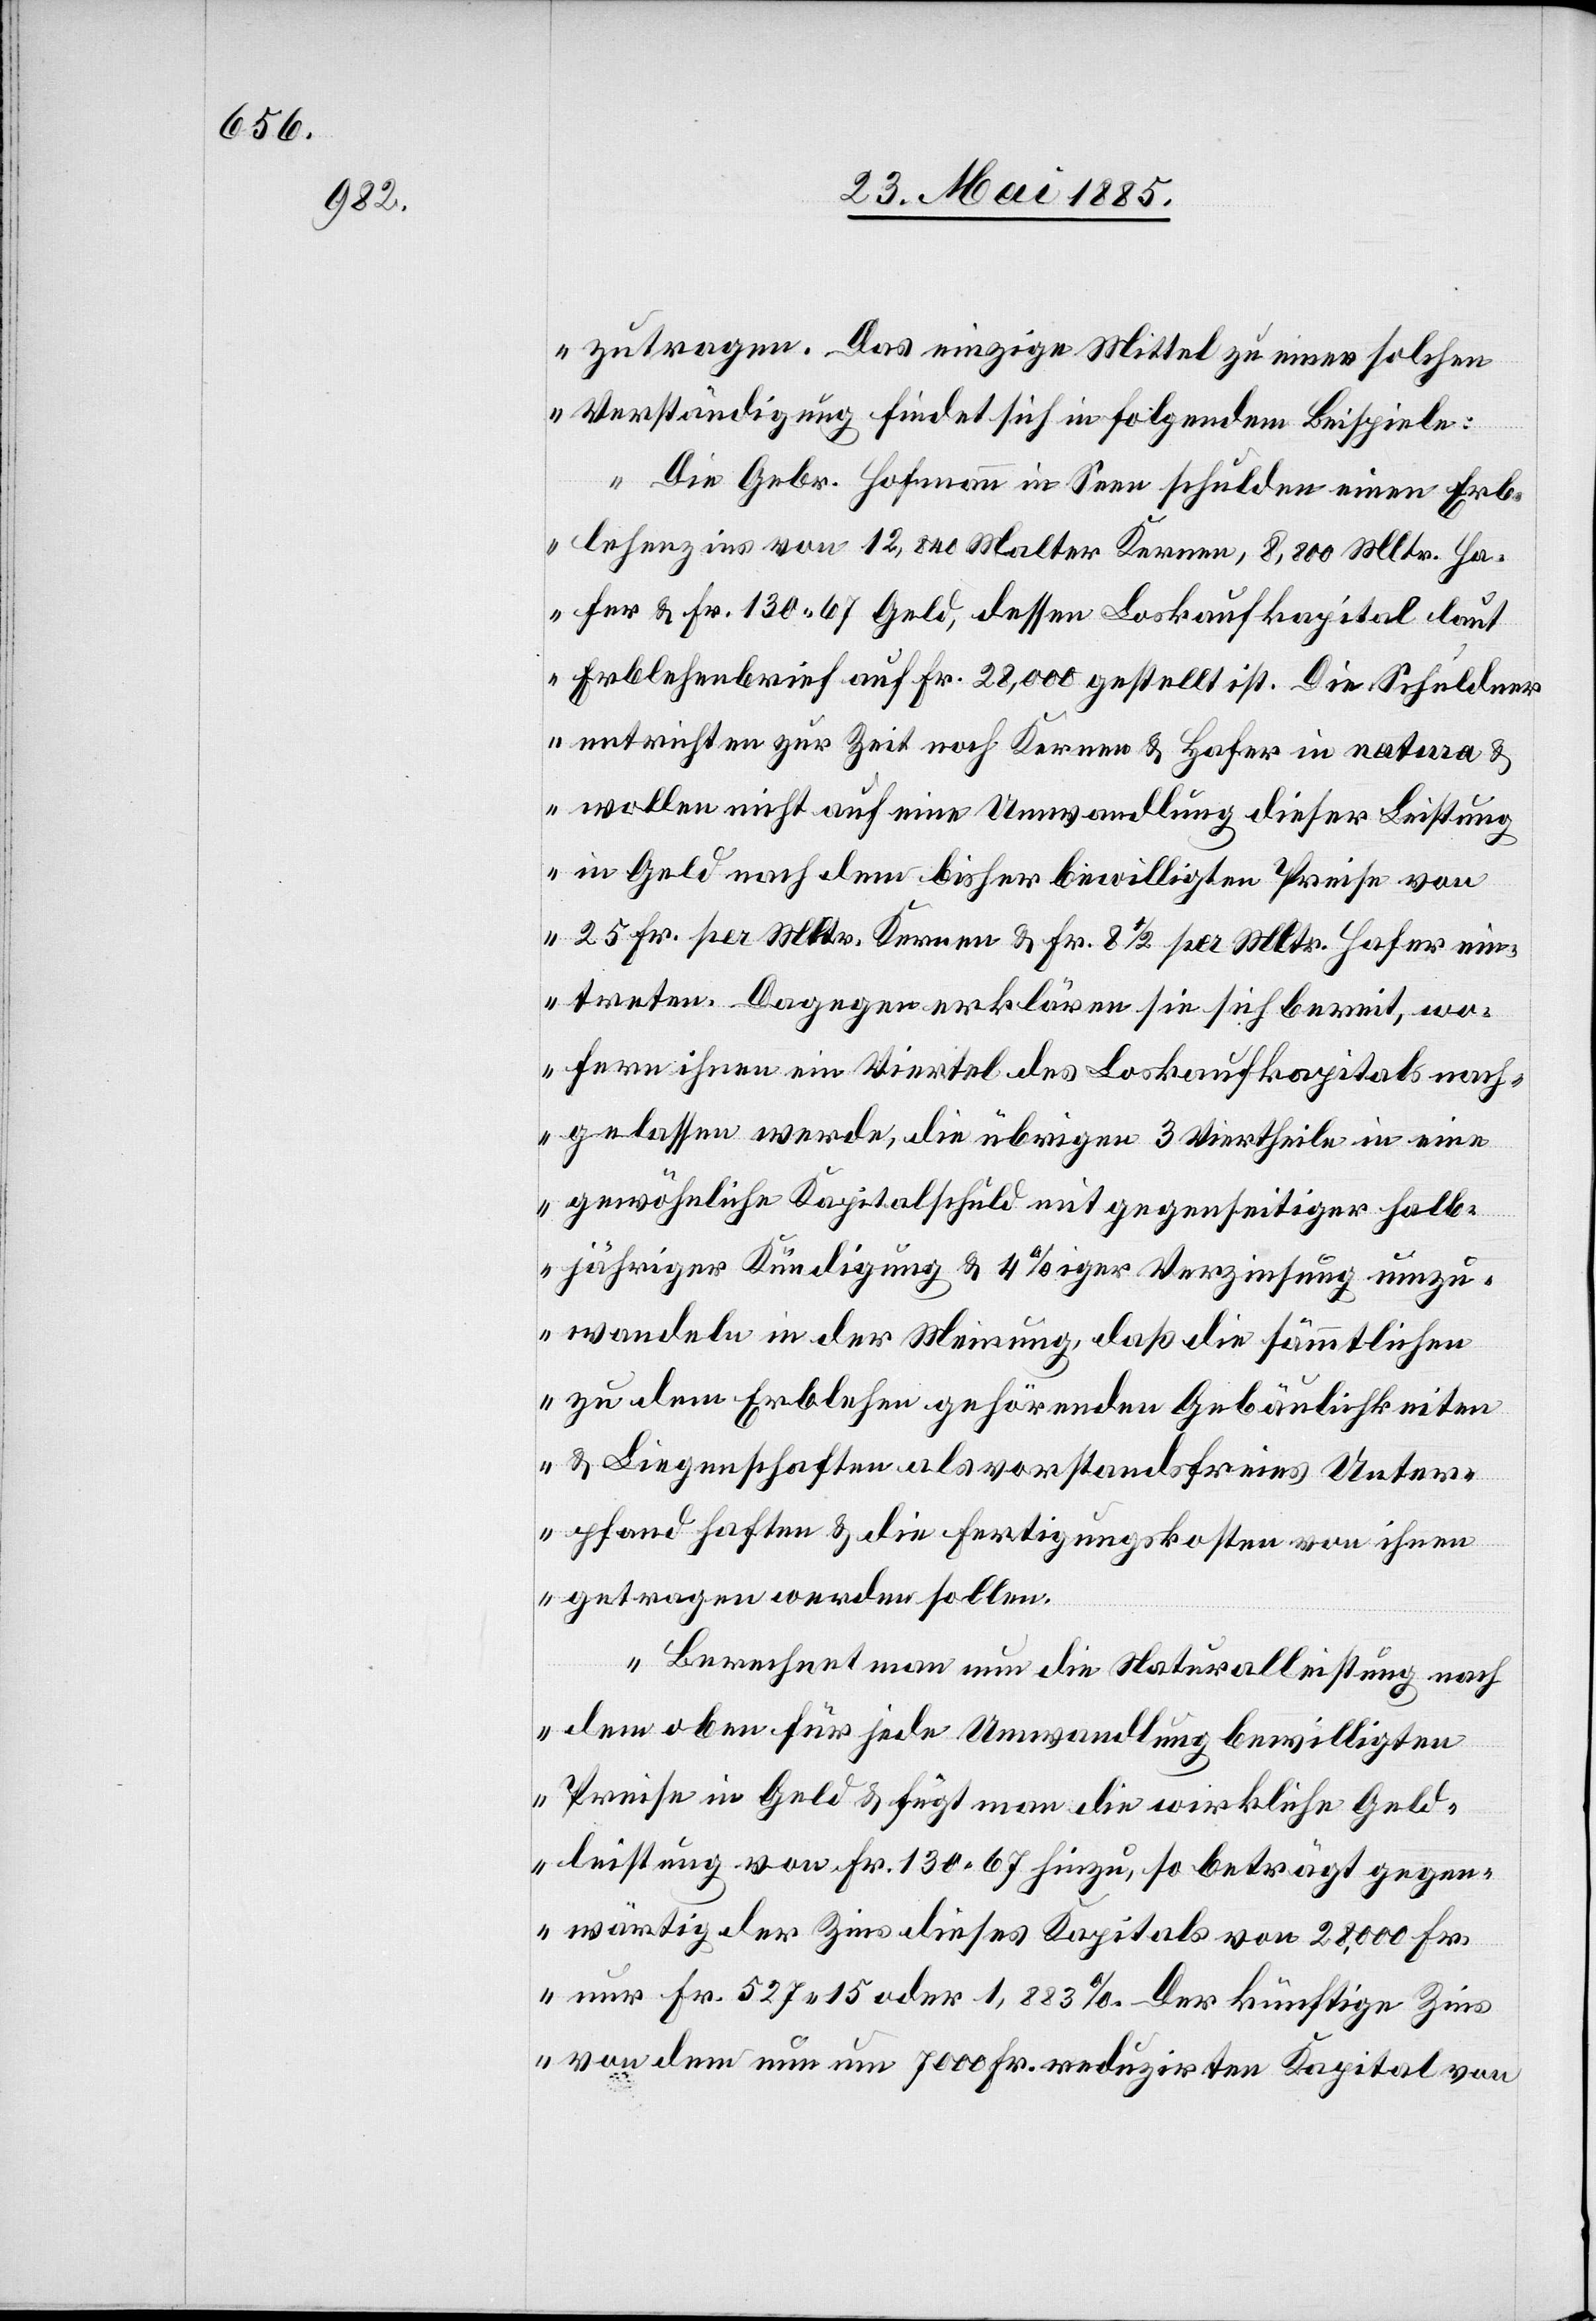
zutragen. Das einzige Mittel zu einer solchen
Verständigung findet sich in folgendem Beispiele:
Die Gebr. Hofmann in Seen schulden einen Erb¬
lehenzins von 12,840 Walter Kernen, 8,800 Wltr. Ha¬
fer & Fr. 130 67 Geld, dessen Loskaufkapital laut
Erblehenbrief auf Fr. 28,000 gestellt ist. Die Schuldner
entrichten zur Zeit noch Kernen & Hafer in natura &
wollen nicht auf eine Umwandlung dieser Leistung
in Geld nach dem bisher bewilligten Preise von
25 Fr. per Wltr. Kernen & Fr. 8 1/2 per Wltr. Hafer ein¬
treten. Dagegen erklären sie sich bereit, wo¬
fern ihnen ein Viertel des Loskaufkapitals nach¬
gelassen werde, die übrigen 3 Viertheile in eine
gewöhnliche Kapitalschuld mit gegenseitiger halb¬
jähriger Kündigung & 4%iger Verzinsung umzu¬
wandeln in der Meinung, daß die sämmtlichen
zu dem Erblehen gehörenden Gebäulichkeiten
& Liegenschaften als vorstandsfreies Unter¬
pfand haften & die Fertigungskosten von ihnen
getragen werden sollen.
Berechnet man nun die Naturalleistung nach
den oben für jede Umwandlung bewilligten
Preise in Geld & fügt man die wirkliche Geld¬
leistung von Fr. 130 67 hinzu, so beträgt gegen¬
wärtig der Zins dieses Kapitals von 28,000 Fr.
nur Fr. 527 15 oder 1,883%. Der künftige Zin¬
s von dem nun um 7000 Fr. reduzirten Kapital von